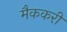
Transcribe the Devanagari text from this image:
मैककरी